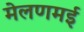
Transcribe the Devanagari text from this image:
मेलणमई